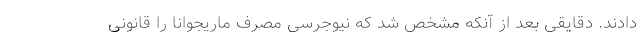
دادند. دقایقی بعد از آنکه مشخص شد که نیوجرسی مصرف ماریجوانا را قانونی